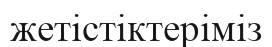
жетістіктеріміз